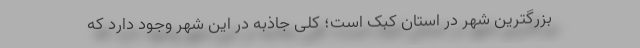
بزرگترین شهر در استان کبک است؛ کلی جاذبه در این شهر وجود دارد که